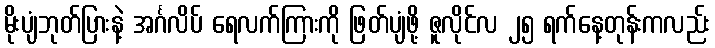
မိုးပျံဘုတ်ပြားနဲ့ အင်္ဂလိပ် ရေလက်ကြားကို ဖြတ်ပျံဖို့ ဇူလိုင်လ ၂၅ ရက်နေ့တုန်းကလည်း